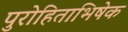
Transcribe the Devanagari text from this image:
पुरोहिताभिषेक